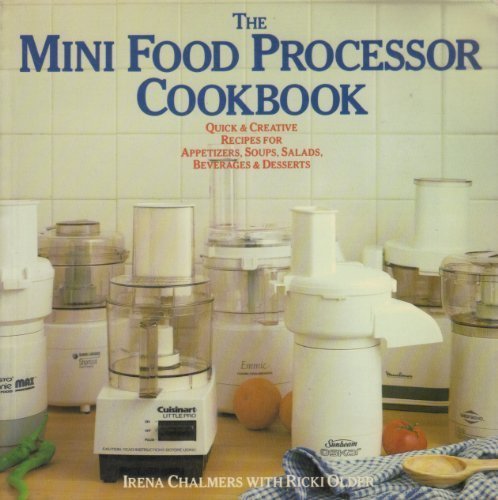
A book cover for The Mini Food Processor Cookbook; Irena Chalmers; Cookbooks, Food & Wine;